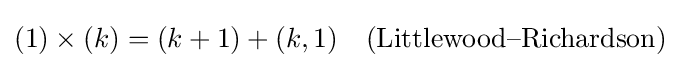
(1)\times (k)=(k+1)+(k,1)\quad {\text{(Littlewood–Richardson)}}